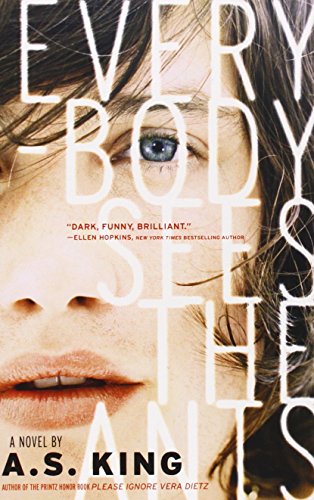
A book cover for Everybody Sees the Ants; A.S. King; Teen & Young Adult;